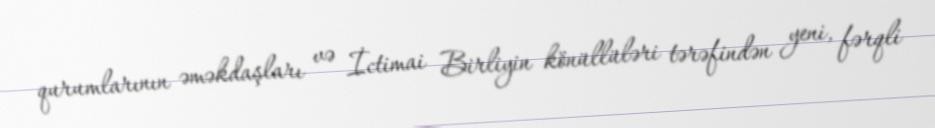
qurumlarının əməkdaşları və İctimai Birliyin könüllüləri tərəfindən yeni, fərqli